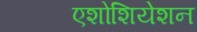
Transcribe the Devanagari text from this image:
एशोशियेशन